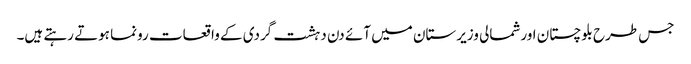
جس طرح بلوچستان اورشمالی وزیرستان میں آئے دن دہشت گردی کے واقعات رونما ہوتے رہتے ہیں۔